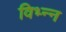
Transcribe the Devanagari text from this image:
विभ्न्न